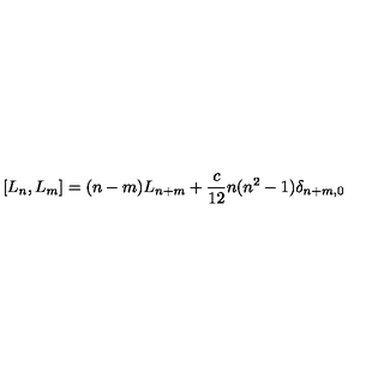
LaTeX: [ L _ { n } , L _ { m } ] = ( n - m ) L _ { n + m } + \frac { c } { 1 2 } n ( n ^ { 2 } - 1 ) \delta _ { n + m , 0 }